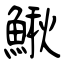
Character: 鰍